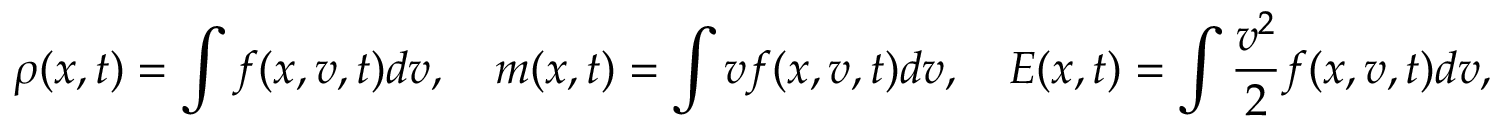
\rho ( x , t ) = \int f ( x , v , t ) d v , \quad m ( x , t ) = \int v f ( x , v , t ) d v , \quad E ( x , t ) = \int \frac { v ^ { 2 } } { 2 } f ( x , v , t ) d v ,